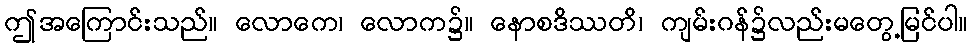
ဤအကြောင်းသည်။ လောကေ၊ လောက၌။ နောစဒိဿတိ၊ ကျမ်းဂန်၌လည်းမတွေ့မြင်ပါ။